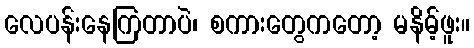
လေပန်းနေကြတာပဲ၊ စကားတွေကတော့ မနိမ့်ဖူး။